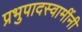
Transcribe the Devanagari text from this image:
प्रभुपादस्वामींनी